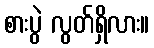
စားပွဲ လွတ်ရှိလား။